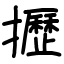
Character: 攊